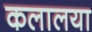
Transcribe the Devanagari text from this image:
कलालया